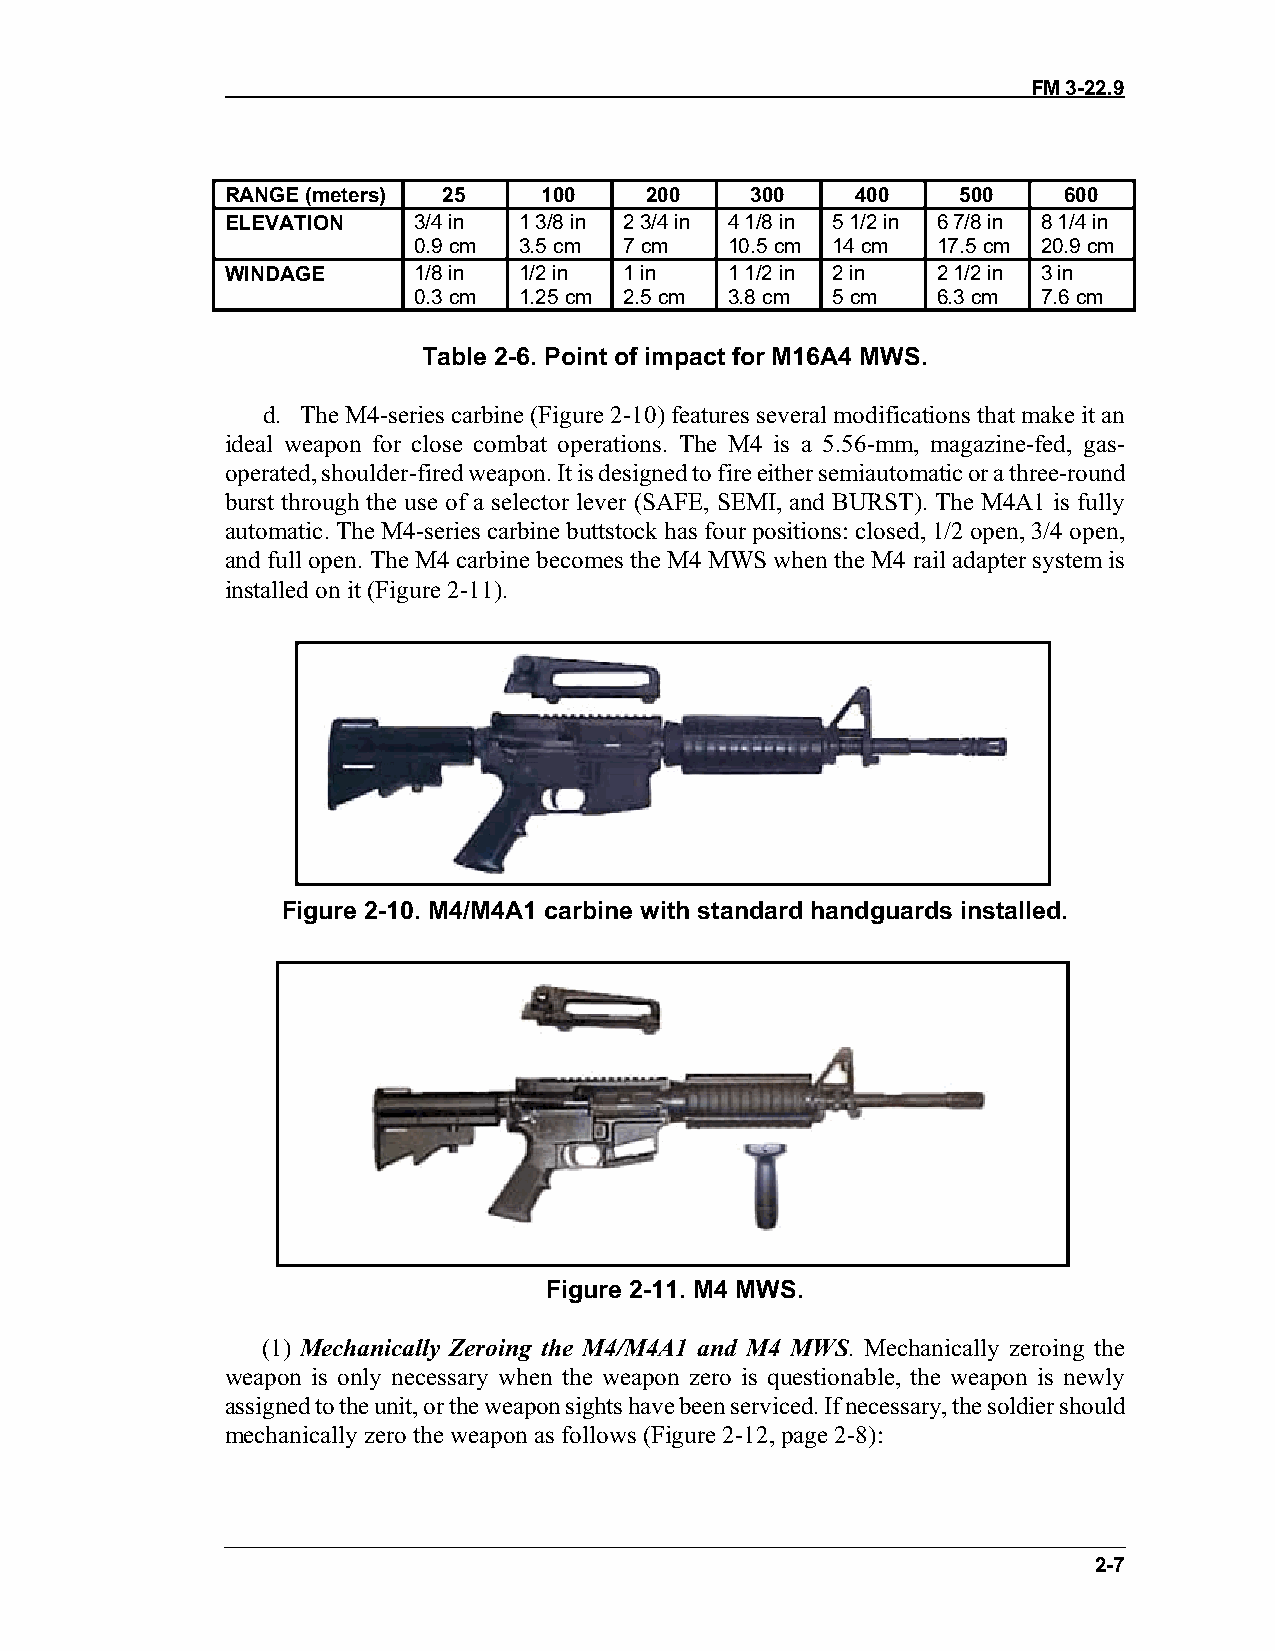
FM 3-22.9
 RANGE (meters) 25    100    200    300    400    500   600
 ELEVATION   3/4 in 1 3/8 in 2 3/4 in 4 1/8 in 5 1/2 in 6 7/8 in 8 1/4 in
 0.9 cm 3.5 cm 7 cm   10.5 cm 14 cm 17.5 cm 20.9 cm
 WINDAGE     1/8 in 1/2 in 1 in   1 1/2 in 2 in 2 1/2 in 3 in
 0.3 cm 1.25 cm 2.5 cm 3.8 cm 5 cm  6.3 cm 7.6 cm
 Table 2-6. Point of impact for M16A4 MWS.
 d. The M4-series carbine (Figure 2-10) features several modifications that make it an
 ideal weapon for close combat operations. The M4 is a 5.56-mm, magazine-fed, gas-
 operated, shoulder-fired weapon. It is designed to fire either semiautomatic or a three-round
 burst through the use of a selector lever (SAFE, SEMI, and BURST). The M4A1 is fully
 automatic. The M4-series carbine buttstock has four positions: closed, 1/2 open, 3/4 open,
 and full open. The M4 carbine becomes the M4 MWS when the M4 rail adapter system is
 installed on it (Figure 2-11).
 Figure 2-10. M4/M4A1 carbine with standard handguards installed.
 Figure 2-11. M4 MWS.
 (1) Mechanically Zeroing the M4/M4A1 and M4 MWS. Mechanically zeroing the
 weapon is only necessary when the weapon zero is questionable, the weapon is newly
 assigned to the unit, or the weapon sights have been serviced. If necessary, the soldier should
 mechanically zero the weapon as follows (Figure 2-12, page 2-8):
 2-7